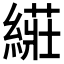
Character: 𱺀